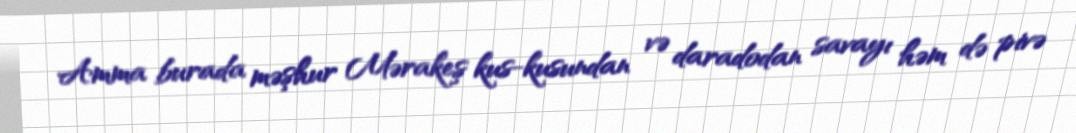
Amma burada məşhur Mərakeş kus-kusundan və daradodan savayı həm də pivə